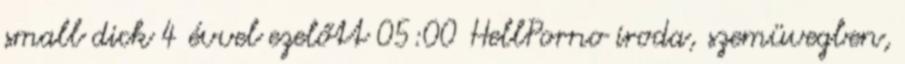
small dick 4 évvel ezelőtt 05:00 HellPorno iroda, szemüvegben,